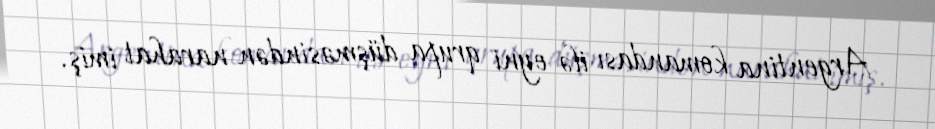
Argentina komandası ilə eyni qrupa düşməsindən narahat imiş.